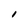
Character: I